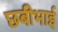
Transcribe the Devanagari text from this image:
छबीभाई